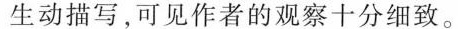
生动描写，可见作者的观察十分细致。